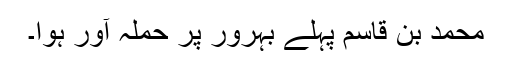
محمد بن قاسم پہلے بہرور پر حملہ آور ہوا۔